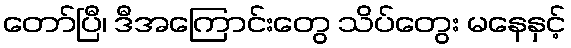
တော်ပြီ၊ ဒီအကြောင်းတွေ သိပ်တွေး မနေနှင့်